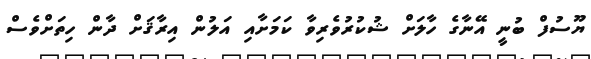
ޔޫސުފް ބުނީ އޭނާގެ ހާލަށް ޝުކުރުވެރިވާ ކަމަށާއި އަލުން އިރާޤަށް ދާން ހިތަށްވެސް